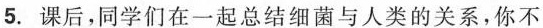
5.课后，同学们在一起总结细菌与人类的关系，你不